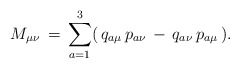
\begin{align*}M_{\mu \nu}\,=\,\sum_{a=1}^{3}(\,q_{a\mu}\,p_{a\nu }\,-\,q_{a\nu }\,p_{a\mu}\,).\end{align*}